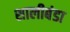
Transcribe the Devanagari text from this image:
शालीबंडा